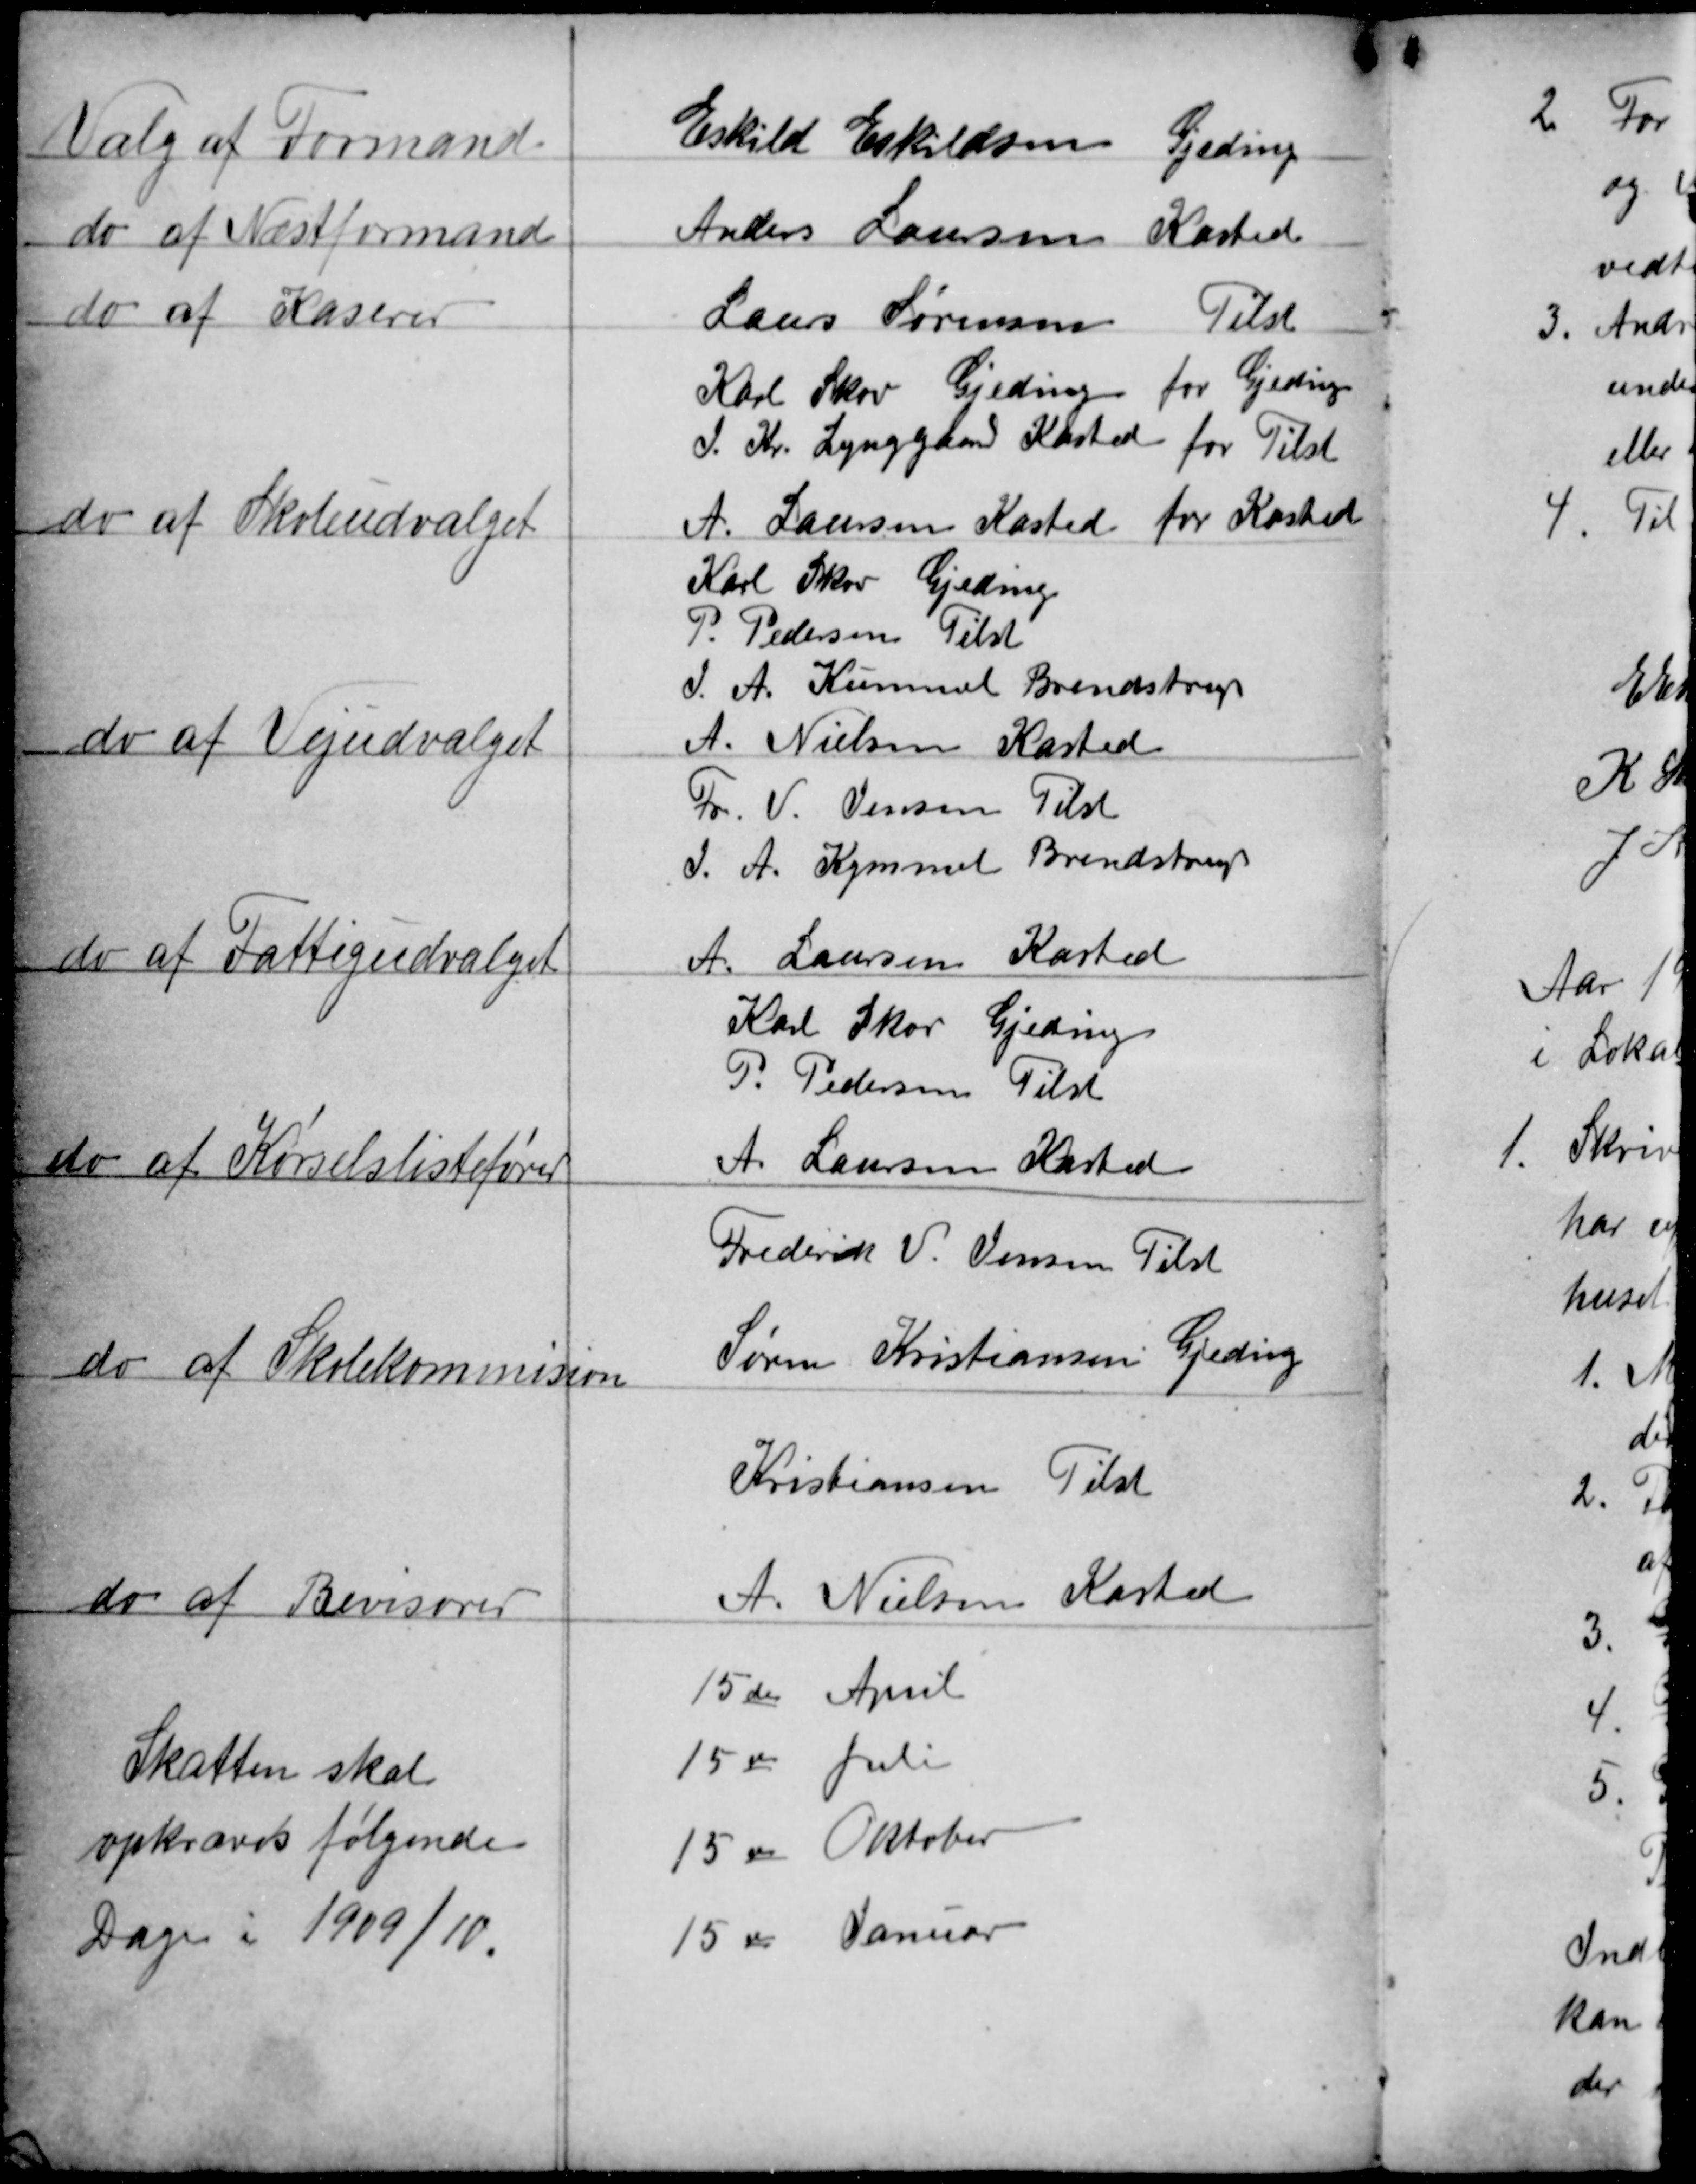
Transskription:
Valg af Formand
Eskild Eskildsen Gjeding
do af Næstformand
Anders Laursen Kasted
do af Kaserer
Laurs Sørensen Tilst
do af Skoleudvalget
Karl Skov Gjeding
for Gjeding
J.Kr. Lynggaard Kasted
for Tilst
A. Laursen Kasted
for Kasted
do af Vejudvalget
Karl Skov Gjeding
P. Pedersen Tilst
JA Nielsen Kasten.
A. Kummel Brendstrup
do af Fattigudvalget
Fo. V. Jensen Tilst
J. A. Kymmel Brendstrup
A. Laursen Kasten
do af Kørselslistefører
Karl Skov Gjeding
P. Pedersen Tilst
A. Laursen Kasten
do af Skolekommision
Frederik V. Jensen Tilst
Søren Kristiansen Gjeding
do af Revisorer
Kristiansen Tilst
A. Nielsen Kasten
Skatten skal
opkræves følgende
Dage i 1909/10.
15de April
15de Juli
15de Oktober
15de Januar